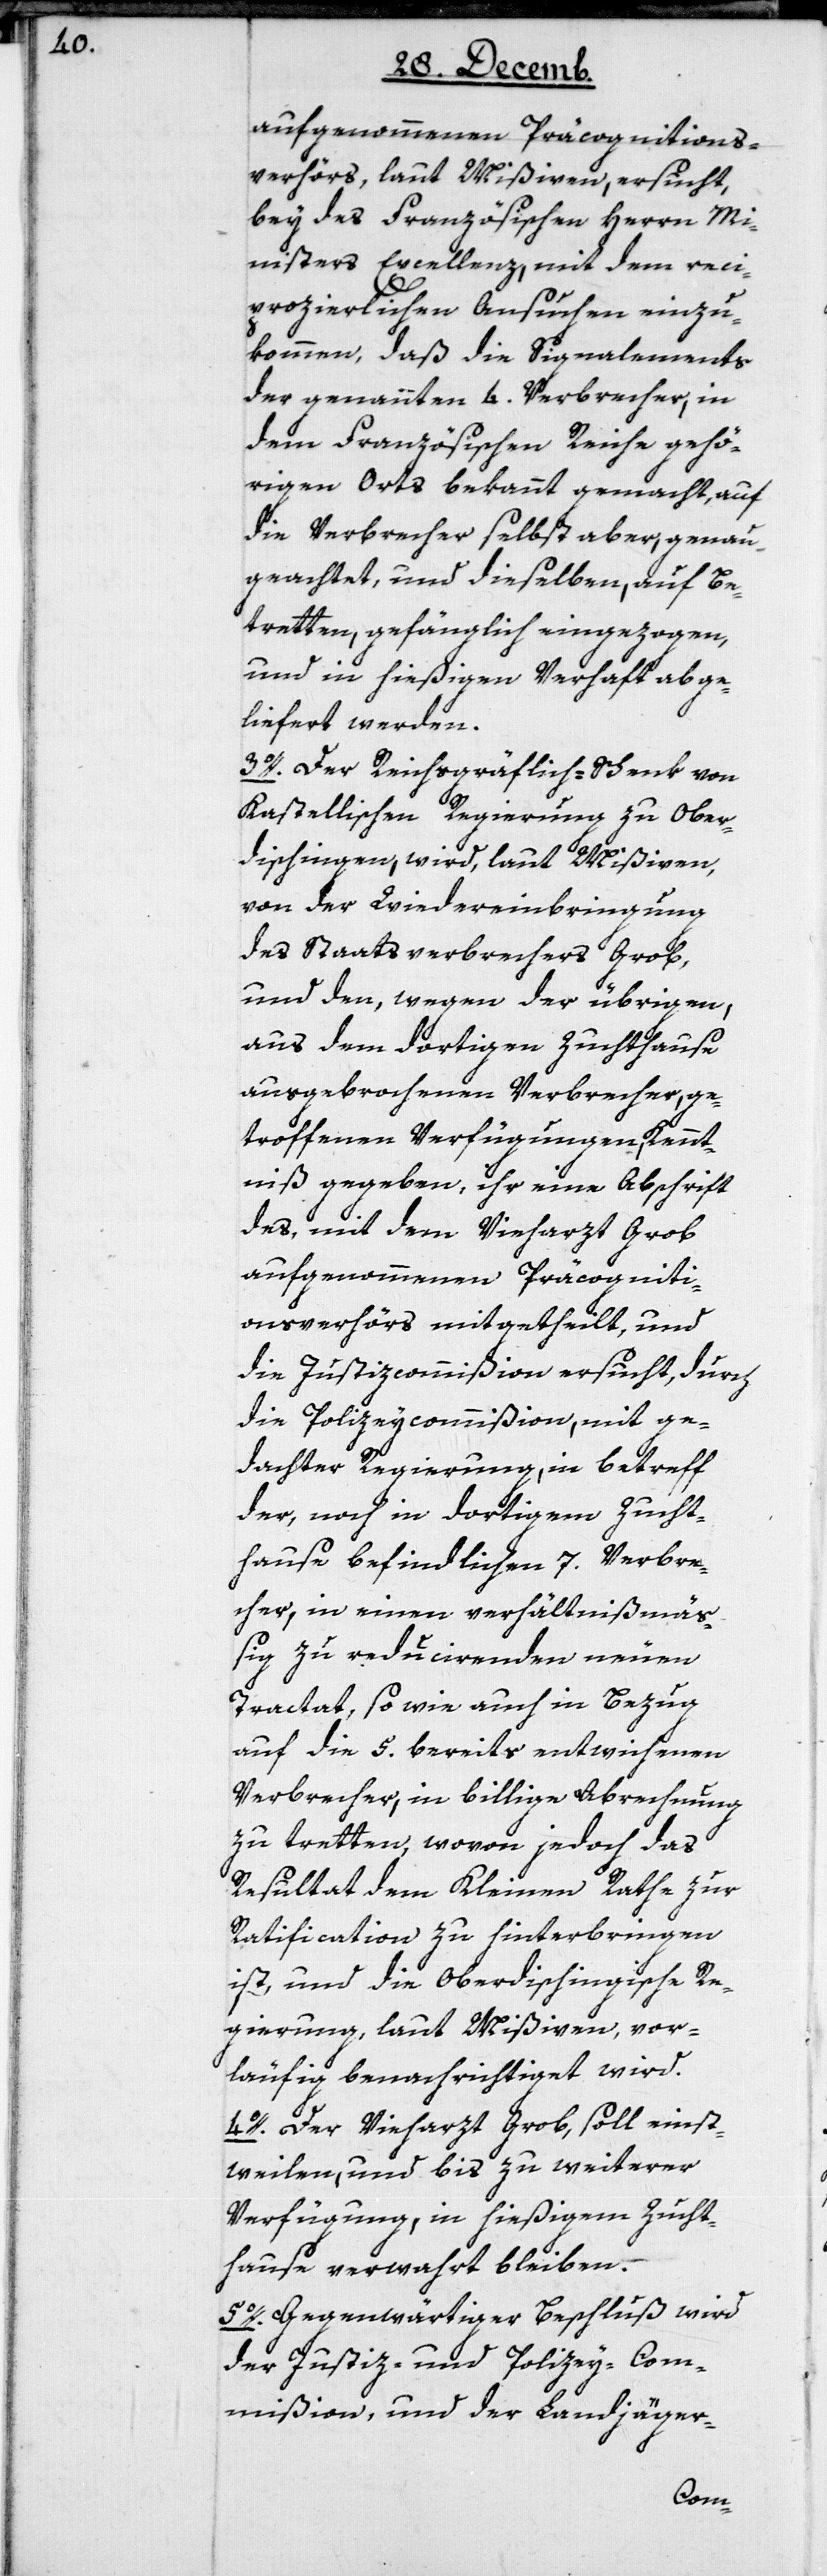
aufgenommenen Präcognitions¬
verhörs, laut Mißiven, ersucht,
bey des Französischen Herrn Mi¬
nisters Excellenz, mit dem reci¬
prozierlichen Ansuchen einzu¬
kommen, daß die Signalements
der genannten 4. Verbrecher, in
dem Französischen Reiche gehö¬
rigen Orts bekannt gemacht, auf
die Verbrecher selbst aber, genau
geachtet und dieselben, auf Be¬
tretten, gefänglich eingezogen,
und in hießigen Verhaft abge¬
liefert werden.
3o. Der Reichsgräflich-Schenk von
Kastellischen Regierung zu Ober¬
dischingen, wird, laut Mißiven,
von der Wiedereinbringung
des Staatsverbrechers Grob,
und den, wegen der übrigen,
aus dem dortigen Zuchthause
ausgebrochenen Verbrecher, ge¬
troffenen Verfügungen, Kennt¬
niß gegeben, ihr eine Abschrift
des, mit dem Vieharzt Grob
aufgenommenen Präcogniti¬
onsverhörs mitgetheilt, und
die Justizcommißion ersucht, durch
die Polizeycommißion, mit ge¬
dachter Regierung, in betreff
der, noch in dortigem Zucht¬
hause befindlichen 7. Verbre¬
cher, in einen verhältnißmä¬
ßig zu reducierenden neuen
Tractat, sowie auch in Bezug
auf die 5. bereits entwichenen
Verbrecher, in billige Abrechnung
zu tretten, wovon jedoch das
Resultat dem Kleinen Rathe zur
Ratification zu hinterbringen
ist, und die Oberdingischische Re¬
gierung, laut Mißiven, vor¬
läufig benachrichtiget wird.
4o. Der Vieharzt Grob, soll einst¬
weilen und bis zu weiterer
Verfügung, in hießigem Zucht¬
hause verwahrt bleiben.
5o. Gegenwärtiger Beschluß wird
der Justiz- und Polizey-Com¬
mißion, und der Landjäger-